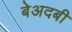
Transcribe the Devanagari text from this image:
बेअदबी